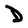
Character: D